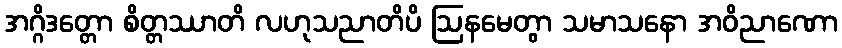
အဂ္ဂိဒတ္တော စိတ္တဿာတိ လဟုသညာတိပိ ဩနမေတွာ သမာသနော အဝိညာဏော